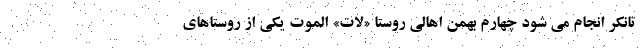
تانکر انجام می شود چهارم بهمن اهالی روستا «لات» الموت یکی از روستاهای